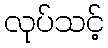
လုပ်သင့်